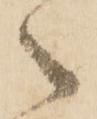
ヽ